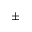
\pm